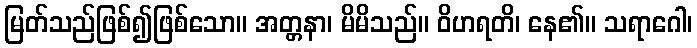
မြတ်သည်ဖြစ်၍ဖြစ်သော။ အတ္တနာ၊ မိမိသည်။ ဝိဟရတိ၊ နေ၏။ သရာဂေါ၊